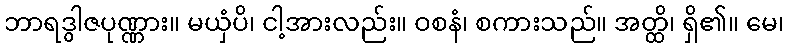
ဘာရဒွါဇပုဏ္ဏား။ မယှံပိ၊ ငါ့အားလည်း။ ဝစနံ၊ စကားသည်။ အတ္ထိ၊ ရှိ၏။ မေ၊